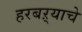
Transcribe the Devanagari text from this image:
हरबऱ्याचे